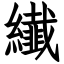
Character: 纎